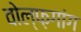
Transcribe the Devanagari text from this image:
वोल्फ़गांग